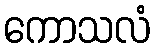
ကောသလံ